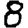
Digit: 8